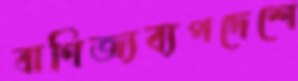
বাণিজ্যব্যপদেশে